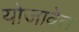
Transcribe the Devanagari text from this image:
योजावेत